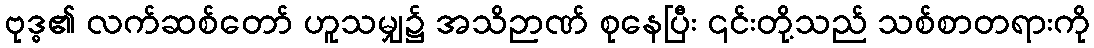
ဗုဒ္ဓ၏ လက်ဆစ်တော် ဟူသမျှ၌ အသိဉာဏ် စုနေပြီး ၎င်းတို့သည် သစ်စာတရားကို